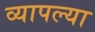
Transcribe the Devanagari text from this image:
व्यापल्या